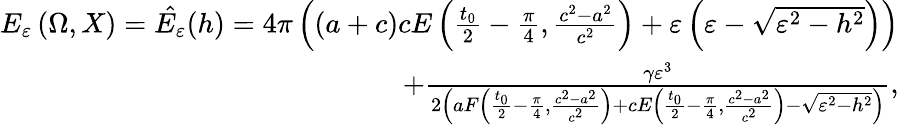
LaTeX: \begin{array}{r}{E_{\varepsilon}\left(\Omega,X\right)=\hat{E_{\varepsilon}}(h)=4\pi\left((a+c)cE\left(\frac{t_{0}}{2}-\frac{\pi}{4},\frac{c^{2}-a^{2}}{c^{2}}\right)+\varepsilon\left(\varepsilon-\sqrt{\varepsilon^{2}-h^{2}}\right)\right)}\\ {+\frac{\gamma\varepsilon^{3}}{2\left(aF\left(\frac{t_{0}}{2}-\frac{\pi}{4},\frac{c^{2}-a^{2}}{c^{2}}\right)+cE\left(\frac{t_{0}}{2}-\frac{\pi}{4},\frac{c^{2}-a^{2}}{c^{2}}\right)-\sqrt{\varepsilon^{2}-h^{2}}\right)},}\end{array}